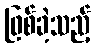
ဖြစ်ခဲ့သည့်